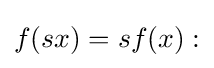
f(sx)=sf(x):